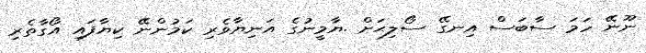
ނޫނޭ ހަމަ ސާބަސް އިނގޭ ސޯލިޙަށް .ޔާމީނުގެ އަނިޔާވެރި ކަމުންނޭ ކިޔާފައި އޯގާތެރި